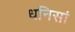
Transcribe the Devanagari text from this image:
धनिसां